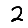
Digit: 2